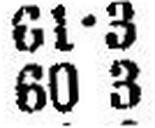
60 3